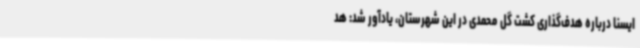
ایسنا درباره هدف‌گذاری کشت گل محمدی در این شهرستان، یادآور شد: هد